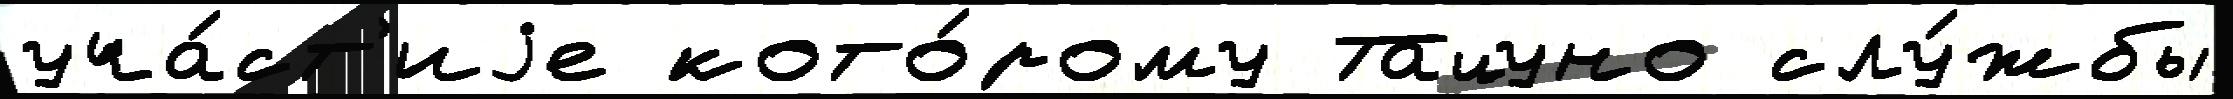
уча́ст'иjе кото́рому Тацуно слу́жбы